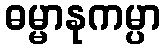
ဓမ္မာနုကမ္ပာ